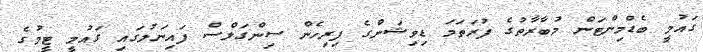
ގައުމީ ބެޑްމިންޓަން މުބާރާތުގެ ފުރަތަމަ ޑިވިޝަންގެ ފިރިހެން ސިންގަލްސް ފައިނަލުގައި ގައުމީ ޓީމުގެ